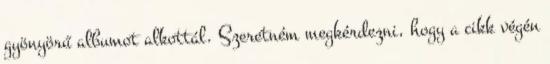
gyönyörű albumot alkottál. Szeretném megkérdezni, hogy a cikk végén